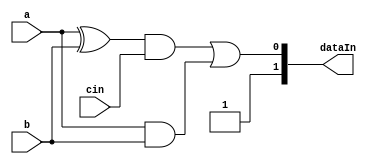
module full_adder(
    input a,
    input b,
    input cin,
    output[1:0] dataIn
    
    );
parameter f_1 = 1'b0;  // a stuck at 0
parameter f_2 = 1'b0;  // r stuck at 0
parameter f_3 = 1'b1;  // sum stuck at 1

wire p,q,r,a11,r1,sum1,sum,cout;
and f1(a11,~f_1,a);
xor x1(p,a11,b);
and a1(r,a11,b);
xor x2(sum1,p,cin);
or f3(sum,sum1,f_3);
and a2(q,p,cin);
and f2(r1,r,~f_2);
or o1(cout,q,r1);
assign dataIn = {sum,cout};
endmodule